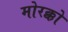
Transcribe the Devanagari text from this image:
मोरक्को